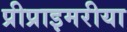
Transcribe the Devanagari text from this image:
प्रीप्राइमरीया